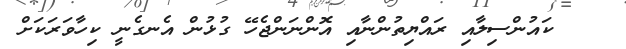
ކައުންސިލާއި ރައްޔިތުންނާއި އޮންނަންޖެހޭ ގުޅުން އެނގެނީ ކިހާވަރަކަށް